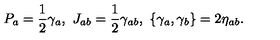
P _ { a } = { \frac { 1 } { 2 } } \gamma _ { a } , \ J _ { a b } = { \frac { 1 } { 2 } } \gamma _ { a b } , \ \{ \gamma _ { a } , \gamma _ { b } \} = 2 \eta _ { a b } .